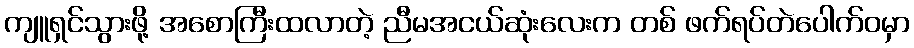
ကျူရှင်သွားဖို့ အစောကြီးထလာတဲ့ ညီမအငယ်ဆုံးလေးက တစ် ဖက်ရပ်တဲပေါက်ဝမှာ